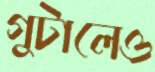
গুটালেও